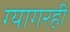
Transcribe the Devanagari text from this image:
ग्यागरहीं